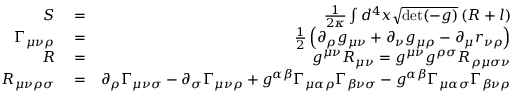
\begin{array} { r l r } { S } & { { } = } & { \frac { 1 } { 2 \kappa } \int d ^ { 4 } x \sqrt { \operatorname* { d e t } ( - g ) } \left( R + l \right) } \\ { \Gamma _ { { \mu \nu } \rho } } & { { } = } & { \frac { 1 } { 2 } \left( \partial _ { \rho } g _ { \mu \nu } + \partial _ { \nu } g _ { \mu \rho } - \partial _ { \mu } r _ { \nu \rho } \right) } \\ { R } & { { } = } & { g ^ { \mu \nu } R _ { \mu \nu } = g ^ { \mu \nu } g ^ { \rho \sigma } R _ { \rho \mu \sigma \nu } } \\ { R _ { \mu \nu \rho \sigma } } & { { } = } & { \partial _ { \rho } \Gamma _ { { \mu \nu } \sigma } - \partial _ { \sigma } \Gamma _ { { \mu \nu } \rho } + g ^ { \alpha \beta } \Gamma _ { \mu \alpha \rho } \Gamma _ { \beta \nu \sigma } - g ^ { \alpha \beta } \Gamma _ { \mu \alpha \sigma } \Gamma _ { \beta \nu \rho } } \end{array}